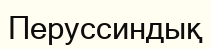
Перуссиндық